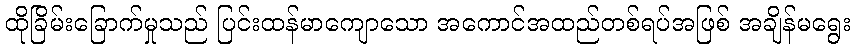
ထိုခြိမ်းခြောက်မှုသည် ပြင်းထန်မာကျောသော အကောင်အထည်တစ်ရပ်အဖြစ် အချိန်မရွေး